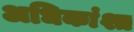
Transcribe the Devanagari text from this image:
अधिकांश्त